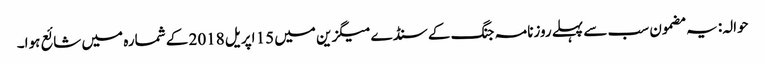
حوالہ: یہ مضمون سب سے پہلے روزنامہ جنگ کے سنڈے میگزین میں 15 اپریل 2018 کے شمارہ میں شائع ہوا۔